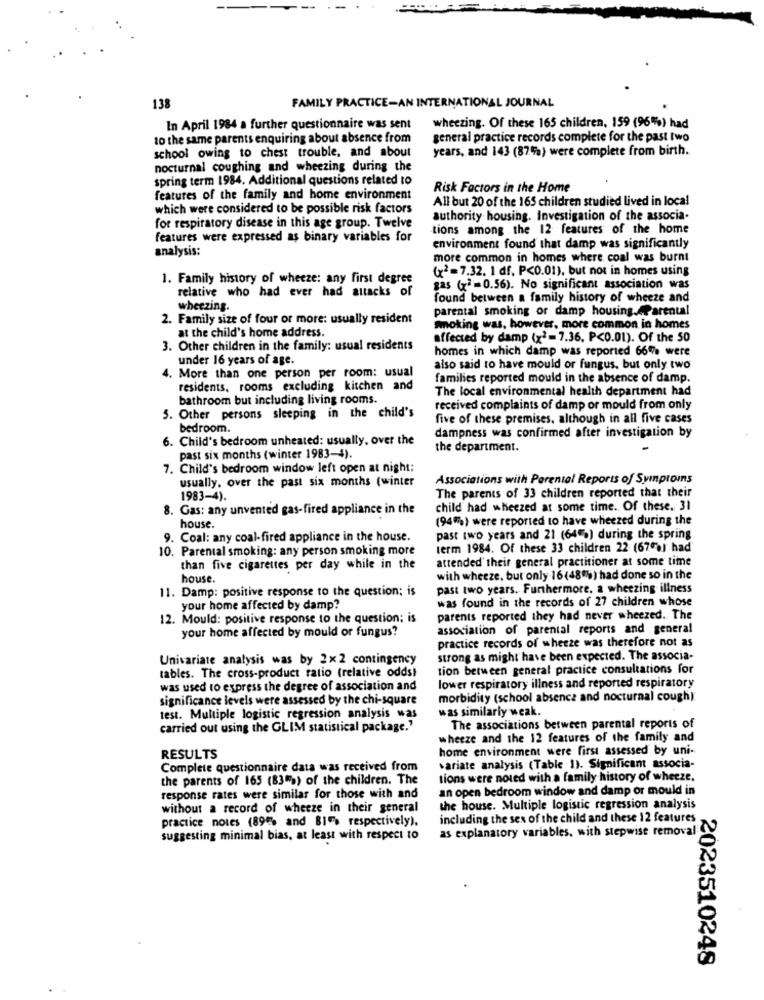
138
FAMILY PRACTICE-AN INTERNATIONAL JOURNAL
In April 1984 a further questionnaire was sent
wheezing. Of these 165 children, 159 (96%) had
to the same parents enquiring about absence from
general practice records complete for the past two
school owing to chest trouble, and about
years, and 143 (87%) were complete from birth.
nocturnal coughing and wheezing during the
spring term 1984. Additional questions related to
Risk Factors in the Home
features of the family and home environment
All but 20 of the 165 children studied lived in local
which were considered to be possible risk factors
authority housing. Investigation of the associa.
for respiratory disease in this age group. Twelve
tions among the 12 features of the home
features were expressed as binary variables for
analysis:
environment found that damp was significantly
more common in homes where coal was burnt
1. Family history of wheeze: any first degree
(x2=7.32. 1 df, P<0.01), but not in homes using
relative who had ever had attacks of
gas (x2=0.56). No significant association was
found between a family history of wheeze and
wheezing.
parental smoking or damp housing.AParental
2. Family size of four or more: usually resident
at the child's home address.
smoking was, however, more common in homes
affected by damp (x2=7.36. P<0.01). Of the 50
3. Other children in the family: usual residents
homes in which damp was reported 66% were
under 16 years of age.
4. More than one person per room: usual
also said to have mould or fungus, but only two
families reported mould in the absence of damp.
residents, rooms excluding kitchen and
The local environmental health department had
bathroom but including living rooms.
received complaints of damp or mould from only
5. Other persons sleeping in the child's
five of these premises, although in all five cases
bedroom.
6. Child's bedroom unheated: usually, over the
dampness was confirmed after investigation by
the department.
past six months (winter 1983-4).
7. Child's bedroom window left open at night:
usually. over the past six months (winter
Associations with Parental Reports of Syinproms
The parents of 33 children reported that their
1983-4).
8. Gas: any unvented gas-fired appliance in the
child had wheezed at some time. Of these. 31
(94%) were reported to have wheezed during the
house.
9. Coal: any coal-fired appliance in the house.
past two years and 21 (64%) during the spring
10. Parental smoking: any person smoking more
term 1984. Of these 33 children 22 (67%) had
attended' their general practitioner at some time
than five cigarettes per day while in the
house.
with wheeze, but only 16(48%) had done so in the
11. Damp: positive response to the question; is
past two years. Furthermore, a wheezing illness
was found in the records of 27 children whose
your home affected by damp?
12. Mould: positive response to the question; is
parents reported they had never wheezed. The
your home affected by mould or fungus?
association of parental reports and general
practice records of wheeze was therefore not as
Univariate analysis was by 2x2 contingency
strong as might have been expected. The associa-
tables. The cross-product ratio (relative odds)
tion between general practice consultations for
was used to express the degree of association and
lower respiratory illness and reported respiratory
significance levels were assessed by the chi-square
morbidity (school absence and nocturnal cough)
was similarly weak.
test. Multiple logistic regression analysis was
carried out using the GLIM statistical package."
The associations between parental reports of
wheeze and the 12 features of the family and
home environment were first assessed by uni-
RESULTS
Complete questionnaire data was received from
variate analysis (Table 1). Significam associa-
the parents of 165 (83%) of the children. The
tions were noted with a family history of wheeze.
an open bedroom window and damp or mould in
response rates were similar for those with and
without a record of wheeze in their general
the house. Multiple logistic regression analysis
practice notes (89% and 81% respectively).
including the sex of the child and these 12 features
suggesting minimal bias, at least with respect to
as explanatory variables, with stepwise removal
2023510248